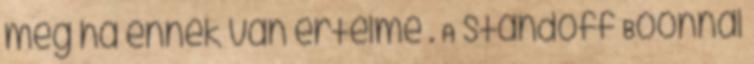
meg ha ennek van értelme . A standoff Boonnal